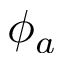
\phi _ { a }